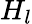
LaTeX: H_{l}